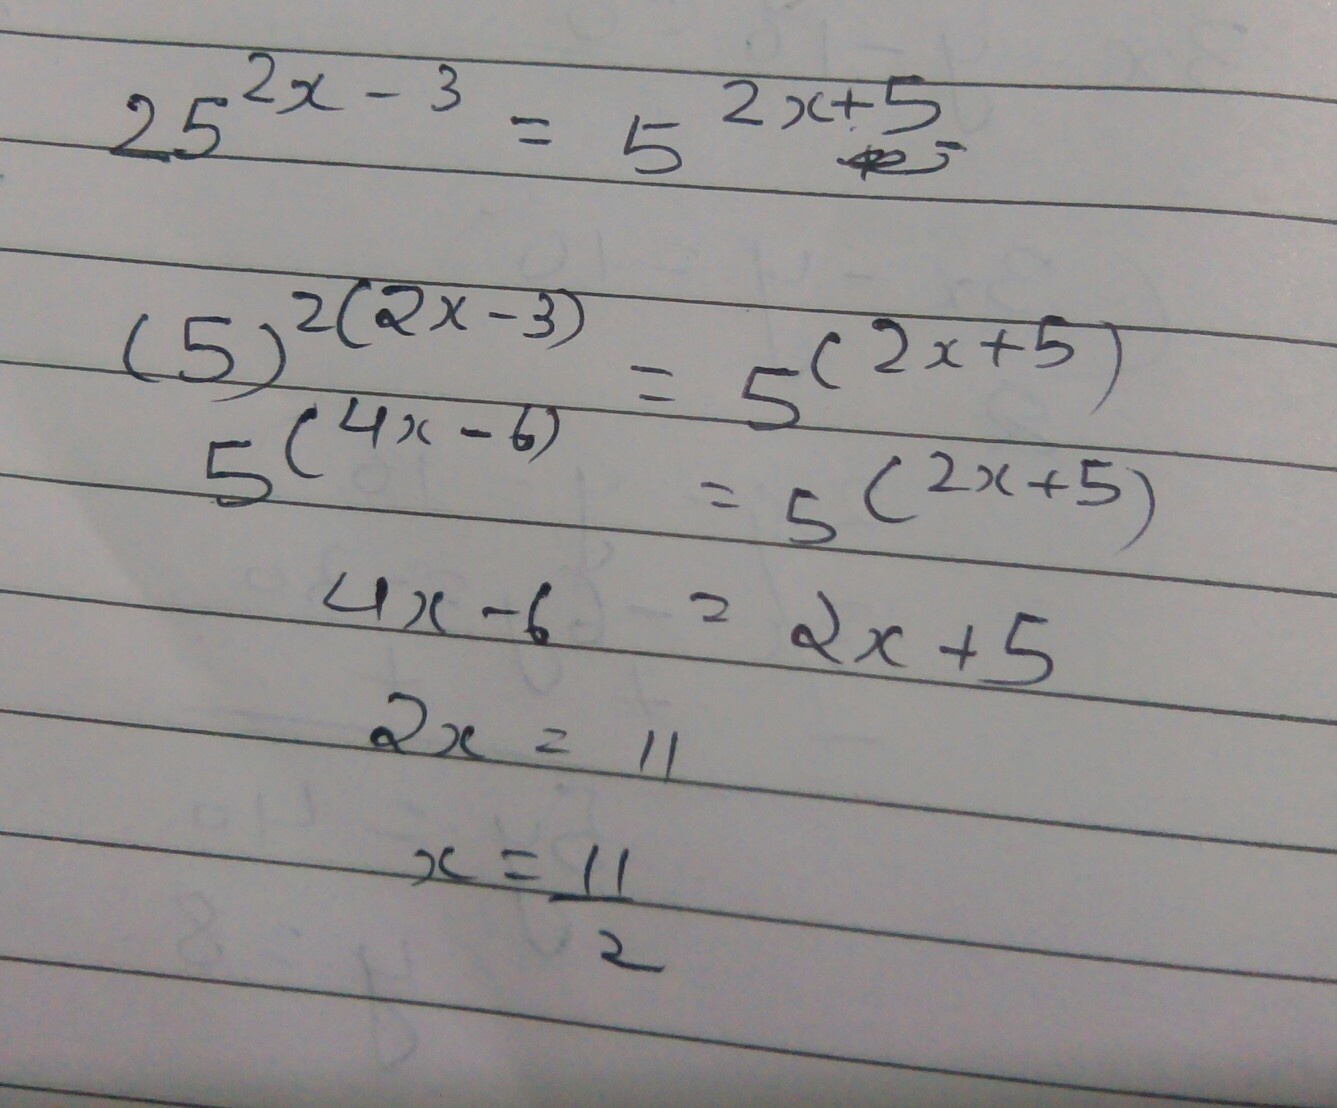
\[
\begin{align*}
25^{2x - 3}&=5^{2x + 5}\\
(5)^{2(2x - 3)}&=5^{(2x + 5)}\\
5^{(4x - 6)}&=5^{(2x + 5)}\\
4x - 6&=2x + 5\\
2x&=11\\
x&=\frac{11}{2}
\end{align*}
\]